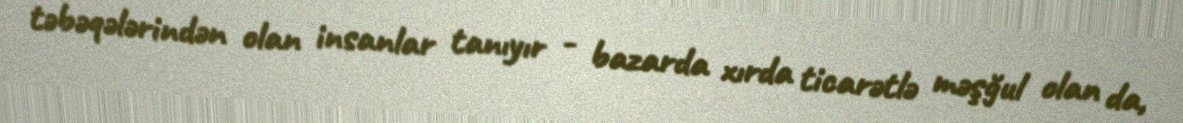
təbəqələrindən olan insanlar tanıyır - bazarda xırda ticarətlə məşğul olan da,